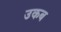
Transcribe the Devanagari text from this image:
उकब